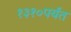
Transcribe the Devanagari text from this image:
१३१०पर्यंत